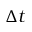
\Delta t